Report on vaccination in Madras 1877-1894 - 1877-1894
Year: 1877
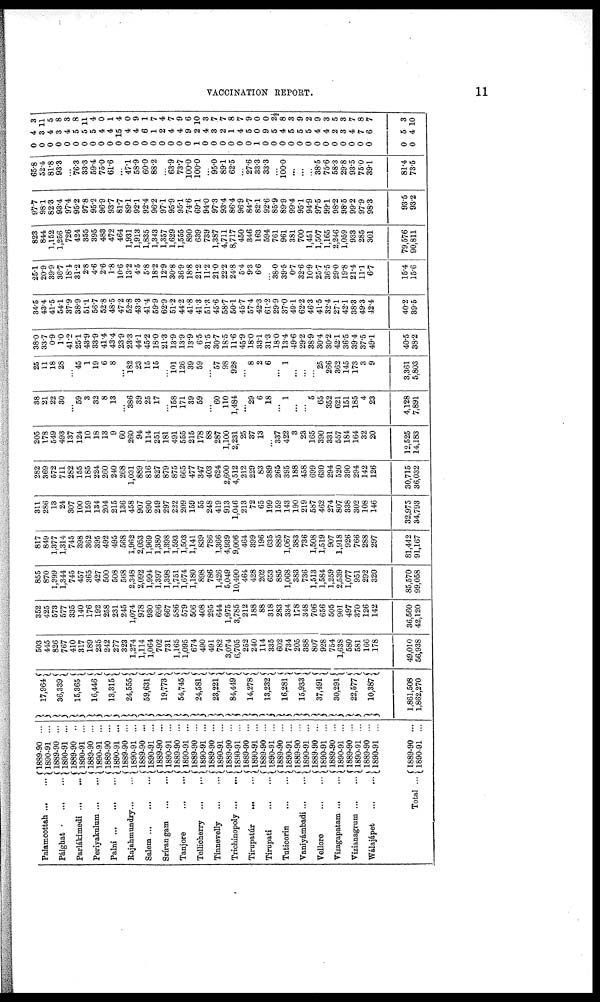
VACCINATION REPORT.
11
Palamcottah ... ...
Pálghat
...
...
Parlákimedi
...
...
Periyakulum ... ...
Palni ... ... ...
Rajahmundry ... ...
Salem
...
...
...
Srírangam
...
...
Tanjore
...
...
Tellicherry ...
...
Tinnevelly
...
...
Trichinopoly ... ...
Tirupatúr ... ...
Tirupati
...
...
Tuticorin
...
...
Vaniyámbadi ... ...
Vellore
...
...
Vizagapatam ... ...
Vizianagrum ... ...
Wálajápet
...
...
Total ...
1889-90 ...
1890-91 ...
1889-90 ...
1890-91 ...
1889-90 ..
1890-91 ...
1889-90 ...
1890-91 ...
1889-90 ...
1890-91 ...
1889-90 ...
1890-91 ...
1889-90 ...
1890-91 ...
1889-90 ...
1890-91 ...
1889-90 ...
1890-91 ...
1889-90 ...
1890-91 ...
1889-90 ...
1890-91 ...
1889-90 ...
1890-91 ...
1889-90 ...
1890-91 ...
1889-90 ...
1890-91 ...
1889-90 ...
1890-91 ...
1889-90 ...
1890-91 ...
1889-90 ...
1890-91 ...
1889-90 ...
1890-91 ...
1889-90 ...
1890-91 ...
1889-90 ...
1890-91 ...
1889-90 ...
1890-91 ...
17,964
36,339
15,365
16,446
13,315
24,555
59,631
19,773
54,745
24,581
23,221
84,449
14,278
13,232
16,281
15,933
37,491
30,291
22,577
10,387
1,861,508
1,862,270
503
445
826
767
410
317
189
235
242
277
323
1,274
1,114
1,064
702
731
1,165
1,095
674
490
491
782
3,074
6,705
252
240
114
335
602
734
205
388
807
928
754
1,638
580
581
166
178
49,010
56,938
352
425
573
577
335
140
176
192
258
231
245
1,074
978
930
696
667
586
579
506
408
295
644
1,975
3,785
212
188
88
318
283
334
178
348
706
656
505
901
497
370
126
142
36,560
42,120
855
870
1,399
1,344
745
457
365
427
500
508
568
2,348
2,092
1,994
1,397
1,398
1,751
1,674
1,180
898
786
1,426
5,049
10,490
464
428
202
653
885
1,068
383
736
1,513
1,584
1,259
2,539
1,077
951
292
320
85,570
99,058
817
849
1,377
1,314
745
398
362
395
492
495
568
1,962
2,053
1,969
1,380
1,398
1,593
1,503
1,141
839
786
1,366
4,939
9,006
464
399
196
635
885
1,067
383
736
1,508
1,519
907
1,918
926
766
288
297
81,442
91,167
311
286
13
24
307
100
159
134
204
215
136
458
907
890
249
297
222
209
159
55
248
419
913
1,046
213
72
65
199
159
143
190
219
587
462
274
807
338
302
108
146
32,975
34,793
282
369
572
711
282
155
185
224
260
240
268
1,031
889
816
827
879
875
665
477
347
403
624
2,600
4,512
212
229
83
389
265
395
188
458
699
630
294
520
390
294
142
126
30,715
36,032
205
178
549
493
137
124
10
18
13
9
60
260
94
114
251
181
491
555
215
178
88
287
1,100
2,231
25
37
13
...
337
422
3
23
165
390
331
557
184
164
32
20
12,525
14,183
38
21
22
30
...
59
3
32
8
13
...
386
39
25
17
...
158
171
39
59
...
60
110
1,484
...
29
6
18
...
1
...
...
5
65
352
621
151
185
4
23
4,128
7,891
26
11
18
28
...
45
1
19
6
8
...
182
23
15
15
...
101
126
39
59
...
57
98
928
... 8
2
6
...
1
...
...
...
25
266
362
145
173
3
9
3,361
5,803
38.0
33.7
0.9
1.0
41.2
25.1
43.9
33.9
41.4
43.4
23.9
23.3
44.1
45.2
18.0
21.3
13.9
13.9
13.9
6.5
31.5
30.7
18.5
11.6
45.9
18.0
33.1
31.3
18.0
13.4
49.6
29.2
38.9
30.4
30.2
42.1
36.5
39.4
37.5
49.1
40.5
38.2
34.5
43.4
41.5
54.1
37.9
38.9
51.1
56.7
52.
48.5
47.2
52.8
43.3
41.4
59.9
62.9
51.2
44.2
41.8
41.3
51.3
45.6
58.7
50.1
45.7
57.4
42.3
61.2
29.9
37.0
49.1
62.2
46.3
41.5
32.4
27.1
42.1
38.3
49.3
42.4
40.2
39.5
25.1
20.9
39.9
36.7
18.1
31.2
2.8
4.6
2.6
1.8
10.6
13.2
4.5
5.8
18.2
12.9
30.8
36.9
18.8
21.2
11.2
21.0
22.2
24.8
5.4
9.3
6.6
...
38.0
39.5
0.7
32.6
10.9
25.7
36.5
29.0
19.8
21.4
11.1
6.7
15.4
15.6
823
844
1,152
1,256
726
424
355
395
483
472
464
1,931
1,913
1,835
1,343
1,357
1,629
1,555
890
639
739
1,387
4,711
8,717
450
346
163
594
761
961
381
700
1,451
1,507
1,165
2,246
1,059
933
285
301
79,576
90,811
97.7
98.1
82.3
93.4
97.4
95.2
97.8
95.2
96.9
93.7
81.7
89.1
92.1
92.4
96.2
97.1
95.9
95.1
74.6
69.1
94.0
97.3
93.4
86.4
96.9
84.7
82.1
92.6
85.9
89.9
99.4
95.1
94.9
97.5
99.1
98.2
98.5
99.2
97.9
98.3
93.5
93.2
65.8
52.4
81.8
93.3
...
76.3
33.3
59.4
75.0
61.6
...
47.1
58.9
60.0
88.2
...
63.9
73.7
100.0
100.0
...
95.0
89.1
62.5
... 27.6
33.3
33.3
...
100.0
...
...
...
38.5
75.6
58.3
29.8
93.5
75.0
39.1
81.4
73.5
0
0
0
0
0
0
0
0
0
0
0
0
0
0
0
0
0
0
0
1
0
0
0
0
0
0
1
0
0
0
0
0
0
0
0
0
0
0
0
0
0
0
4
3
4
3
4
5
5
5
4
4
15
4
4
6
1
2
4
4
9
2
4
3
2
1
4
5
0
9
5
4
5
5
5
4
4
2
3
4
7
6
5
4
8
11
5
8
3
8
11
4
0
1
4
0
9
1
7
4
7
9
6
10
3
7
7
8
7
9
0
0
2½
8
3
9
2
9
3
5
3
7
8
7
3
10